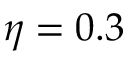
\eta = 0 . 3